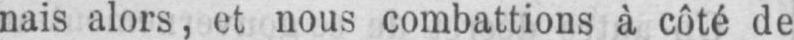
nais alors, et nous combattions à côté de